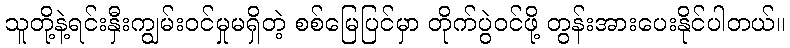
သူတို့နဲ့ရင်းနှီးကျွမ်းဝင်မှုမရှိတဲ့ စစ်မြေပြင်မှာ တိုက်ပွဲဝင်ဖို့ တွန်းအားပေးနိုင်ပါတယ်။